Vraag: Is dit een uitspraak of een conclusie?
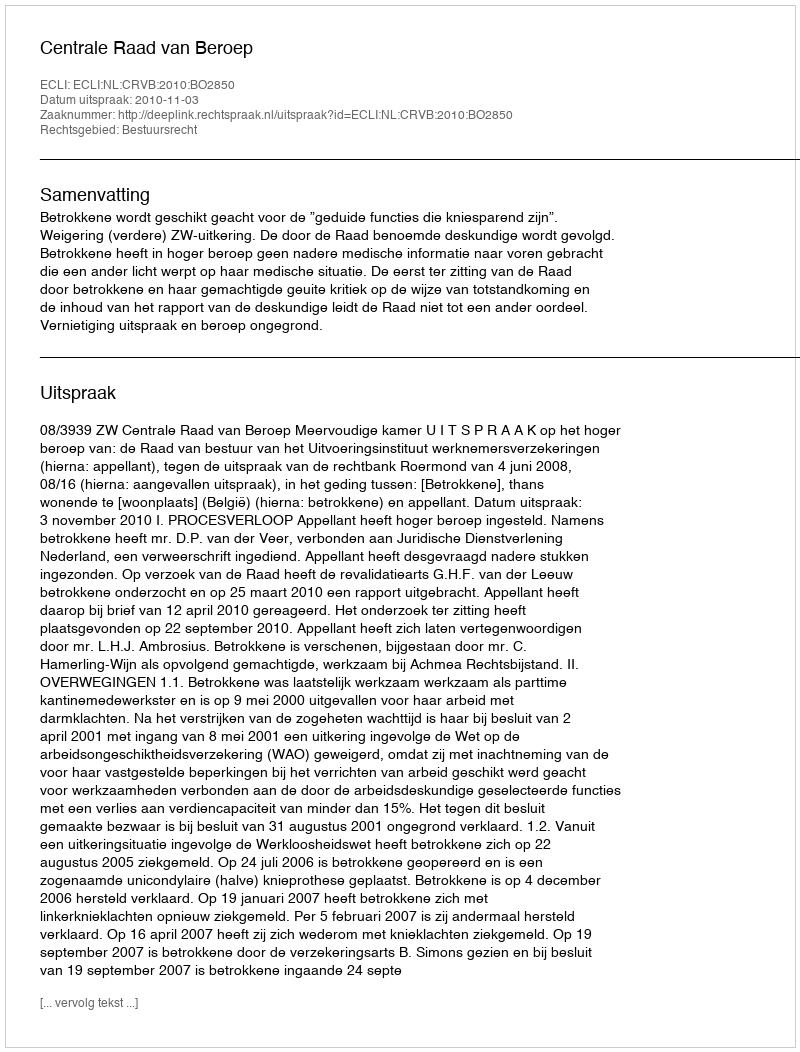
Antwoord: Uitspraak